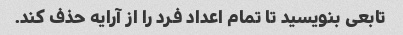
تابعی بنویسید تا تمام اعداد فرد را از آرایه حذف کند.